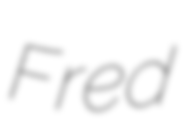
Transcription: Fred